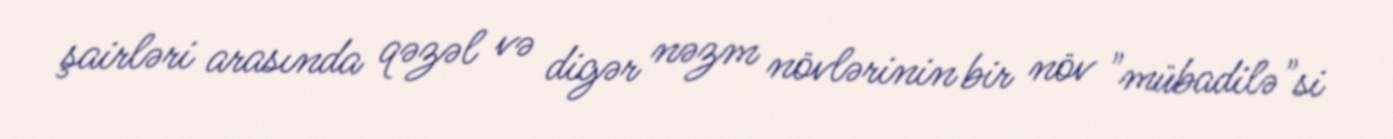
şairləri arasında qəzəl və digər nəzm növlərinin bir növ "mübadilə"si